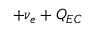
+ \nu _ { e } + Q _ { E C }